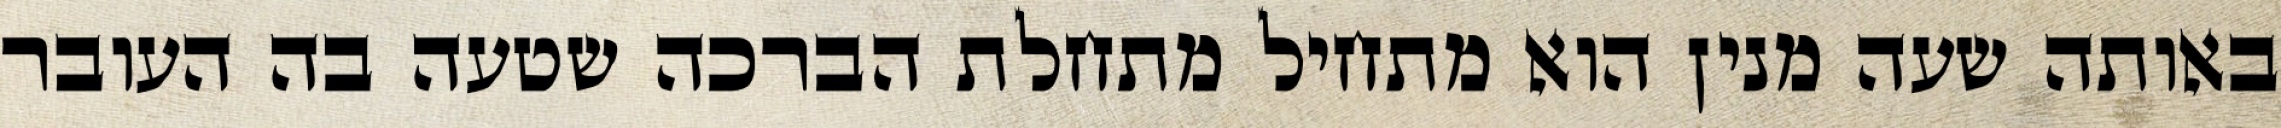
באותה שעה מנין הוא מתחיל מתחלת הברכה שטעה בה העובר